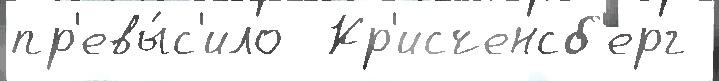
пр'евы́с'ило  Кр'исченсб'ерг